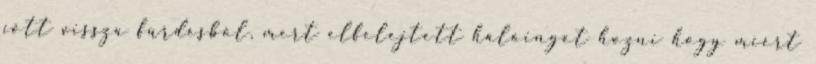
jött vissza fürdésből, mert elfelejtett hálóinget hozni hogy miért